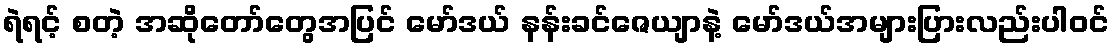
ရဲရင့် စတဲ့ အဆိုတော်တွေအပြင် မော်ဒယ် နန်းခင်ဇေယျာနဲ့ မော်ဒယ်အများပြားလည်းပါဝင်